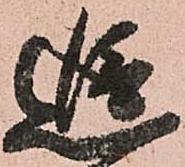
追